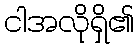
ငါအလိုရှိ၏